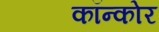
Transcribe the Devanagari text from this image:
कॉन्कोर